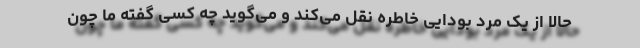
حالا از یک مرد بودایی خاطره نقل می‌کند و می‌گوید چه کسی گفته ما چون